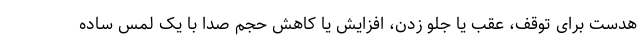
هدست برای توقف، عقب یا جلو زدن، افزایش یا کاهش حجم صدا با یک لمس ساده